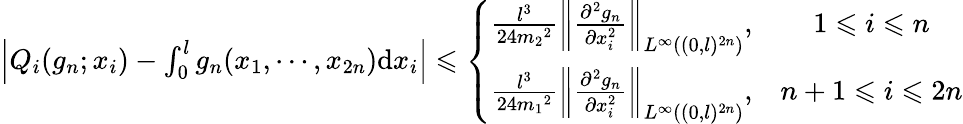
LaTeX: \begin{array}{r}{\left|Q_{i}(g_{n};x_{i})-\int_{0}^{l}g_{n}(x_{1},\cdots,x_{2n})\mathrm{d}x_{i}\right|\leqslant\left\{ \begin{array}{lcr}{\frac{l^{3}}{24{m_{2}}^{2}}\left\| \frac{\partial^{2}g_{n}}{\partial x_{i}^{2}}\right\| _{L^{\infty}((0,l)^{2n})},}&{1\leqslant i\leqslant n}\\ {\frac{l^{3}}{24{m_{1}}^{2}}\left\| \frac{\partial^{2}g_{n}}{\partial x_{i}^{2}}\right\| _{L^{\infty}((0,l)^{2n})},}&{{n+1}\leqslant i\leqslant 2n}\end{array}\right.}\end{array}